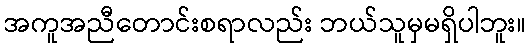
အကူအညီတောင်းစရာလည်း ဘယ်သူမှမရှိပါဘူး။